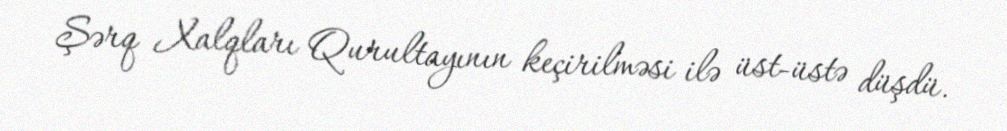
Şərq Xalqları Qurultayının keçirilməsi ilə üst-üstə düşdü.